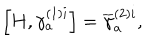
\left[ H , \gamma _ { a } ^ { ( 1 ) i } \right] = \overline { { { \gamma } } } _ { a } ^ { ( 2 ) i } ,